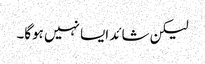
لیکن شائد ایسا نہیں ہوگا۔